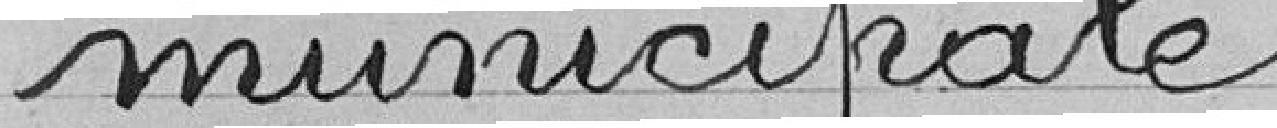
municipale